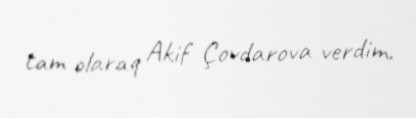
tam olaraq Akif Çovdarova verdim.